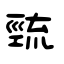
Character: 巰